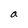
Character: a